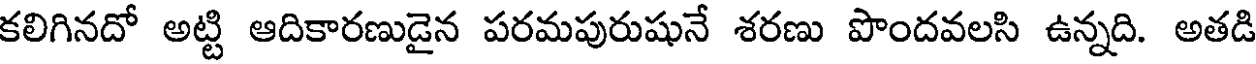
కలిగినదో అట్టి ఆదికారణుడైన పరమపురుషునే శరణు పొందవలసి ఉన్నది. అతడి